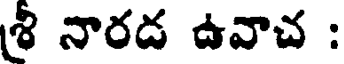
శ్రీ నారడ ఉవాచ :